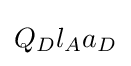
Q_{D}l_{A}a_{D}